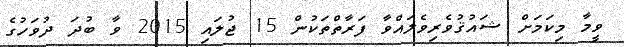
ވީމާ މިކަމަށް ޝައުޤުވެރިވެލައްވާ ފަރާތްތަކުން 15 ޖުލައި 2015 ވާ ބުދަ ދުވަހުގެ